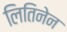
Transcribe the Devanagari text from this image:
लितिनेन